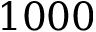
1 0 0 0